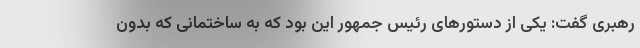
رهبری گفت: یکی از دستورهای رئیس جمهور این بود که به ساختمانی که بدون